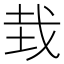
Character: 㘽